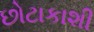
છોટાકાશી